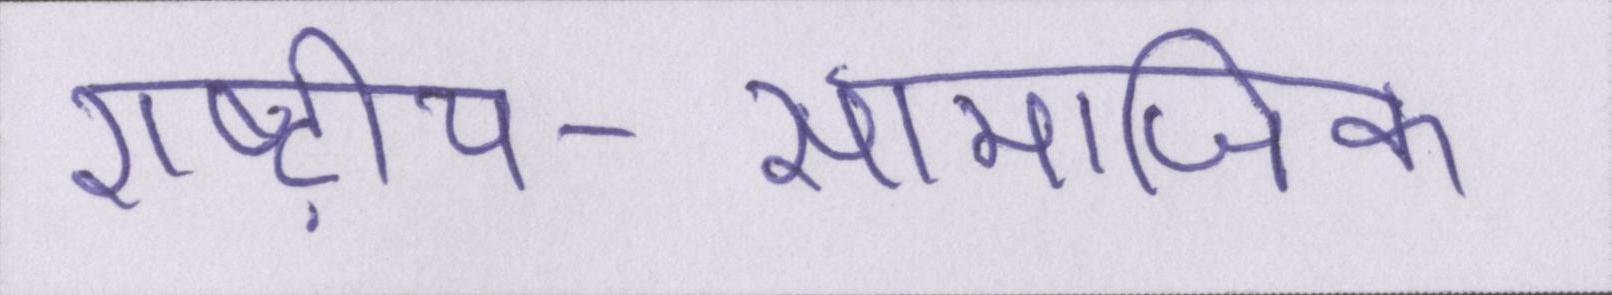
राष्ट्रीय-सामाजिक